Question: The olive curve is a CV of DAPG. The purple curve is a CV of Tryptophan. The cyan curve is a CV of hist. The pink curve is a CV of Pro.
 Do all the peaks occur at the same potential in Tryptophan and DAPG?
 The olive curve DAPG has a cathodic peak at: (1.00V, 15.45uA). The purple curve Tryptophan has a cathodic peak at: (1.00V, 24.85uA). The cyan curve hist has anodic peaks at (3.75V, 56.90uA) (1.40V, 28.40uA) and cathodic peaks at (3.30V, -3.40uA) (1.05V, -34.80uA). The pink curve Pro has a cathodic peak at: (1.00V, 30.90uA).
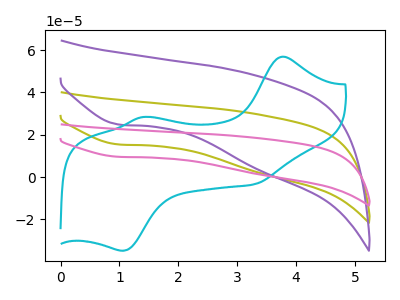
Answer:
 <answer>Yes, "Tryptophan" have a peak in "DAPG" at the same potential.</answer>
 <eval>match</eval>